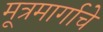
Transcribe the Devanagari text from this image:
मूत्रमार्गाचे